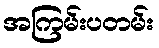
အကြမ်းပတမ်း